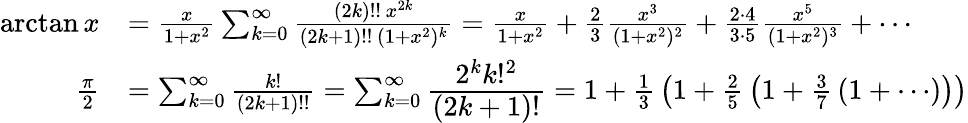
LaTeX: {\begin{array}{rl}{\arctan x}&{={\frac{x}{1+x^{2}}}\sum_{k=0}^{\infty}{\frac{(2k)!!\, x^{2k}}{(2k+1)!!\, (1+x^{2})^{k}}}={\frac{x}{1+x^{2}}}+{\frac{2}{3}}{\frac{x^{3}}{(1+x^{2})^{2}}}+{\frac{2\cdot 4}{3\cdot 5}}{\frac{x^{5}}{(1+x^{2})^{3}}}+\cdots}\\ {{\frac{\pi}{2}}}&{=\sum_{k=0}^{\infty}{\frac{k!}{(2k+1)!!}}=\sum_{k=0}^{\infty}{\cfrac{2^{k}k!^{2}}{(2k+1)!}}=1+{\frac{1}{3}}\left(1+{\frac{2}{5}}\left(1+{\frac{3}{7}}\left(1+\cdots\right)\right)\right)}\end{array}}